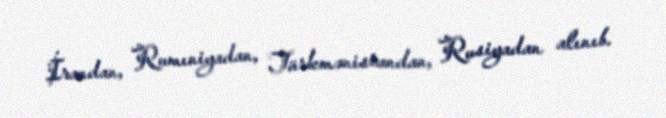
İrandan, Rumıniyadan, Türkmənistandan, Rusiyadan alınıb.